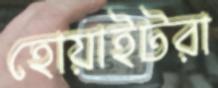
হোয়াইটরা